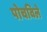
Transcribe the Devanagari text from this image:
पोचविले